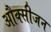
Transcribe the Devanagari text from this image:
औक्सीजन